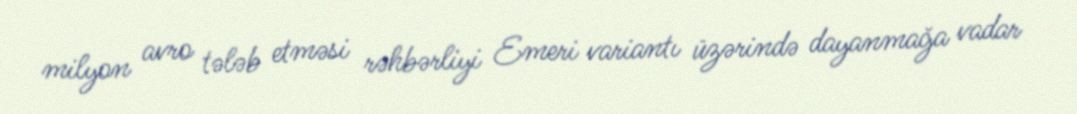
milyon avro tələb etməsi rəhbərliyi Emeri variantı üzərində dayanmağa vadar